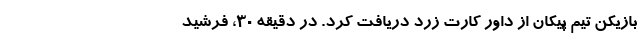
بازیکن تیم پیکان از داور کارت زرد دریافت کرد. در دقیقه ۳۰، فرشید